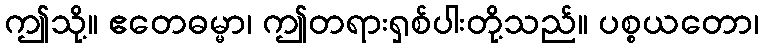
ဤသို့။ ဧတေဓမ္မာ၊ ဤတရားရှစ်ပါးတို့သည်။ ပစ္စယတော၊